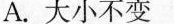
A.大小不变